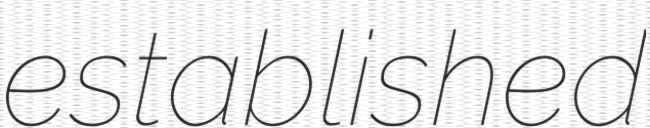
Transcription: established